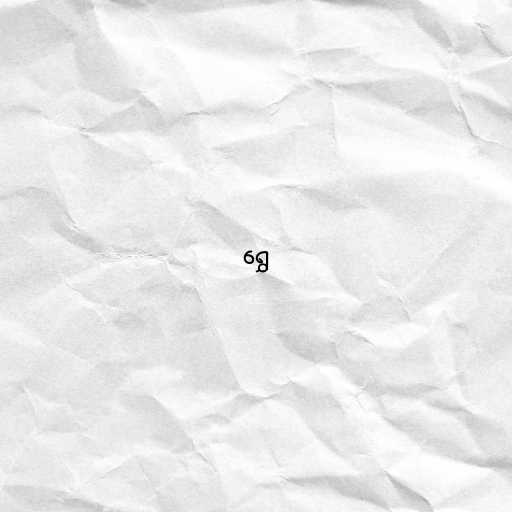
ရွှေ